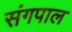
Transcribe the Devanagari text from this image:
संगपाल